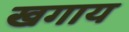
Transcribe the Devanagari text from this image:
खगाय